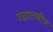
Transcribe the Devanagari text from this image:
उद्घाटनीय